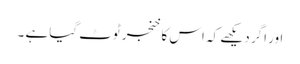
اور اگر دیکھے کہ اس کا خنجر ٹوٹ گیا ہے ۔